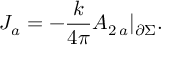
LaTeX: J _ { a } = - \frac { k } { 4 \pi } A _ { 2 \, a } | _ { \partial \Sigma } .